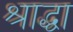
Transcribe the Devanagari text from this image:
श्राद्धा